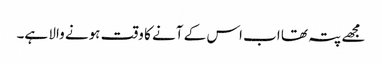
مجھے پتہ تھا اب اس کے آنے کا وقت ہونے والا ہے۔